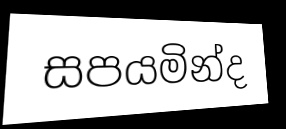
සපයමින්ද